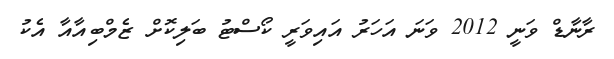
ރާނާޑް ވަނީ 2012 ވަނަ އަހަރު އައިވަރީ ކޯސްޓު ބަލިކޮށް ޒެމްބިއާއާ އެކު